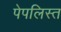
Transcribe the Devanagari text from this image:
पेपलिस्त